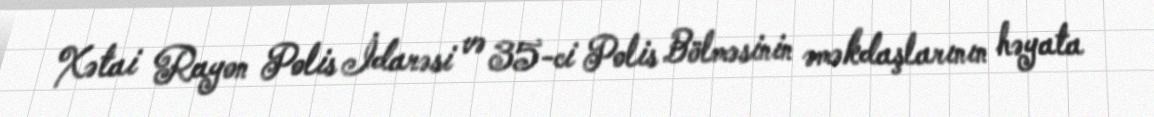
Xətai Rayon Polis İdarəsi və 35-ci Polis Bölməsinin əməkdaşlarının həyata